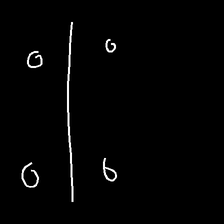
Glyph: cool